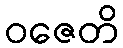
ဝဇေတိ